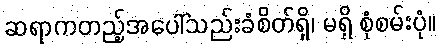
ဆရာကတည့်အပေါ်သည်းခံစိတ်ရှိ၊ မရှိ စုံစမ်းပုံ။